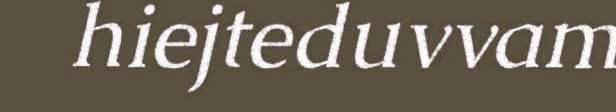
hiejteduvvam